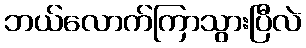
ဘယ်လောက်ကြာသွားပြီလဲ